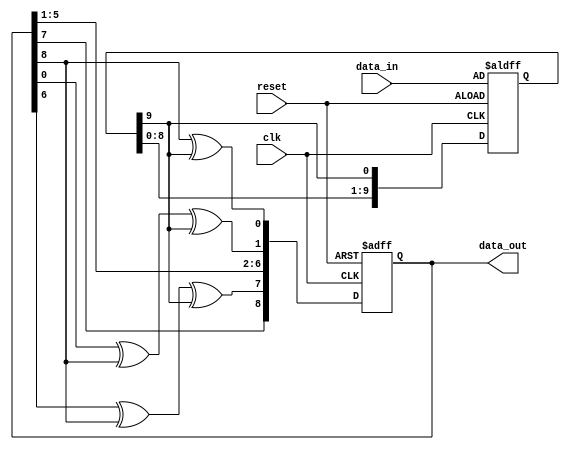
`timescale 1ns / 1ps
//////////////////////////////////////////////////////////////////////////////////
// Company: 
// Engineer: 
// 
// Design Name: 
// Module Name:    SerialCRC_eq2 
// Project Name: 
// Target Devices: 
// Tool versions: 
// Description: 
//
// Dependencies: 
//
// Revision: 
// Revision 0.01 - File Created
// Additional Comments: 
//
//////////////////////////////////////////////////////////////////////////////////

//Verilog  code for generator polynomial 1+y+y7+y9


module SerialCRC_genpoly2(clk,reset,data_in,data_out);

input clk,reset;
input [9:0] data_in ;
output reg [8:0] data_out;//,out;
reg [9:0] data_reg;

always @(posedge clk or posedge reset)
begin
if(reset)
	begin
	data_out <= 0;
	$display("1  data_out = %b ",data_out);
	data_reg <= data_in;
	$display("1  data_in = %b ",data_reg);
	end
else
	begin
		///////////////////////
		///EQUATION : 1+y+y7+y9
		data_out[0] <= data_out[8]^data_reg[9];
		data_out[1] <= data_out[0]^data_out[8]^data_reg[9];
		data_out[2] <= data_out[1];
		data_out[3] <= data_out[2];
		data_out[4] <= data_out[3];
		data_out[5] <= data_out[4];
		data_out[6] <= data_out[5];
		data_out[7] <= data_out[6]^data_out[8]^data_reg[9];
		data_out[8] <= data_out[7];
		
		//data_reg <= data_reg<<1;
		data_reg <= {data_reg[8:0],data_reg[9]};
		
		//out <= {data_out[0],data_out[1],data_out[2],data_out[3],data_out[4],data_out[5],data_out[6],data_out[7],data_out[8]};
		$display($time," output = %b ",data_out);
		//$display($time," output = %b%b%b%b%b%b%b%b%b ",data_out[0],data_out[1],data_out[2],data_out[3],data_out[4],data_out[5],data_out[6],data_out[7],data_out[8]);
		//$display($time, " output = %b%b%b%b%b%b%b%b%b ",data_out[0],data_out[1],data_out[2],data_out[3],data_out[4],data_out[5],data_out[6],data_out[7],data_out[8]);
		
	end
	//out <= ~data_out;
	//$display("2  out = %b ",out);
end

endmodule